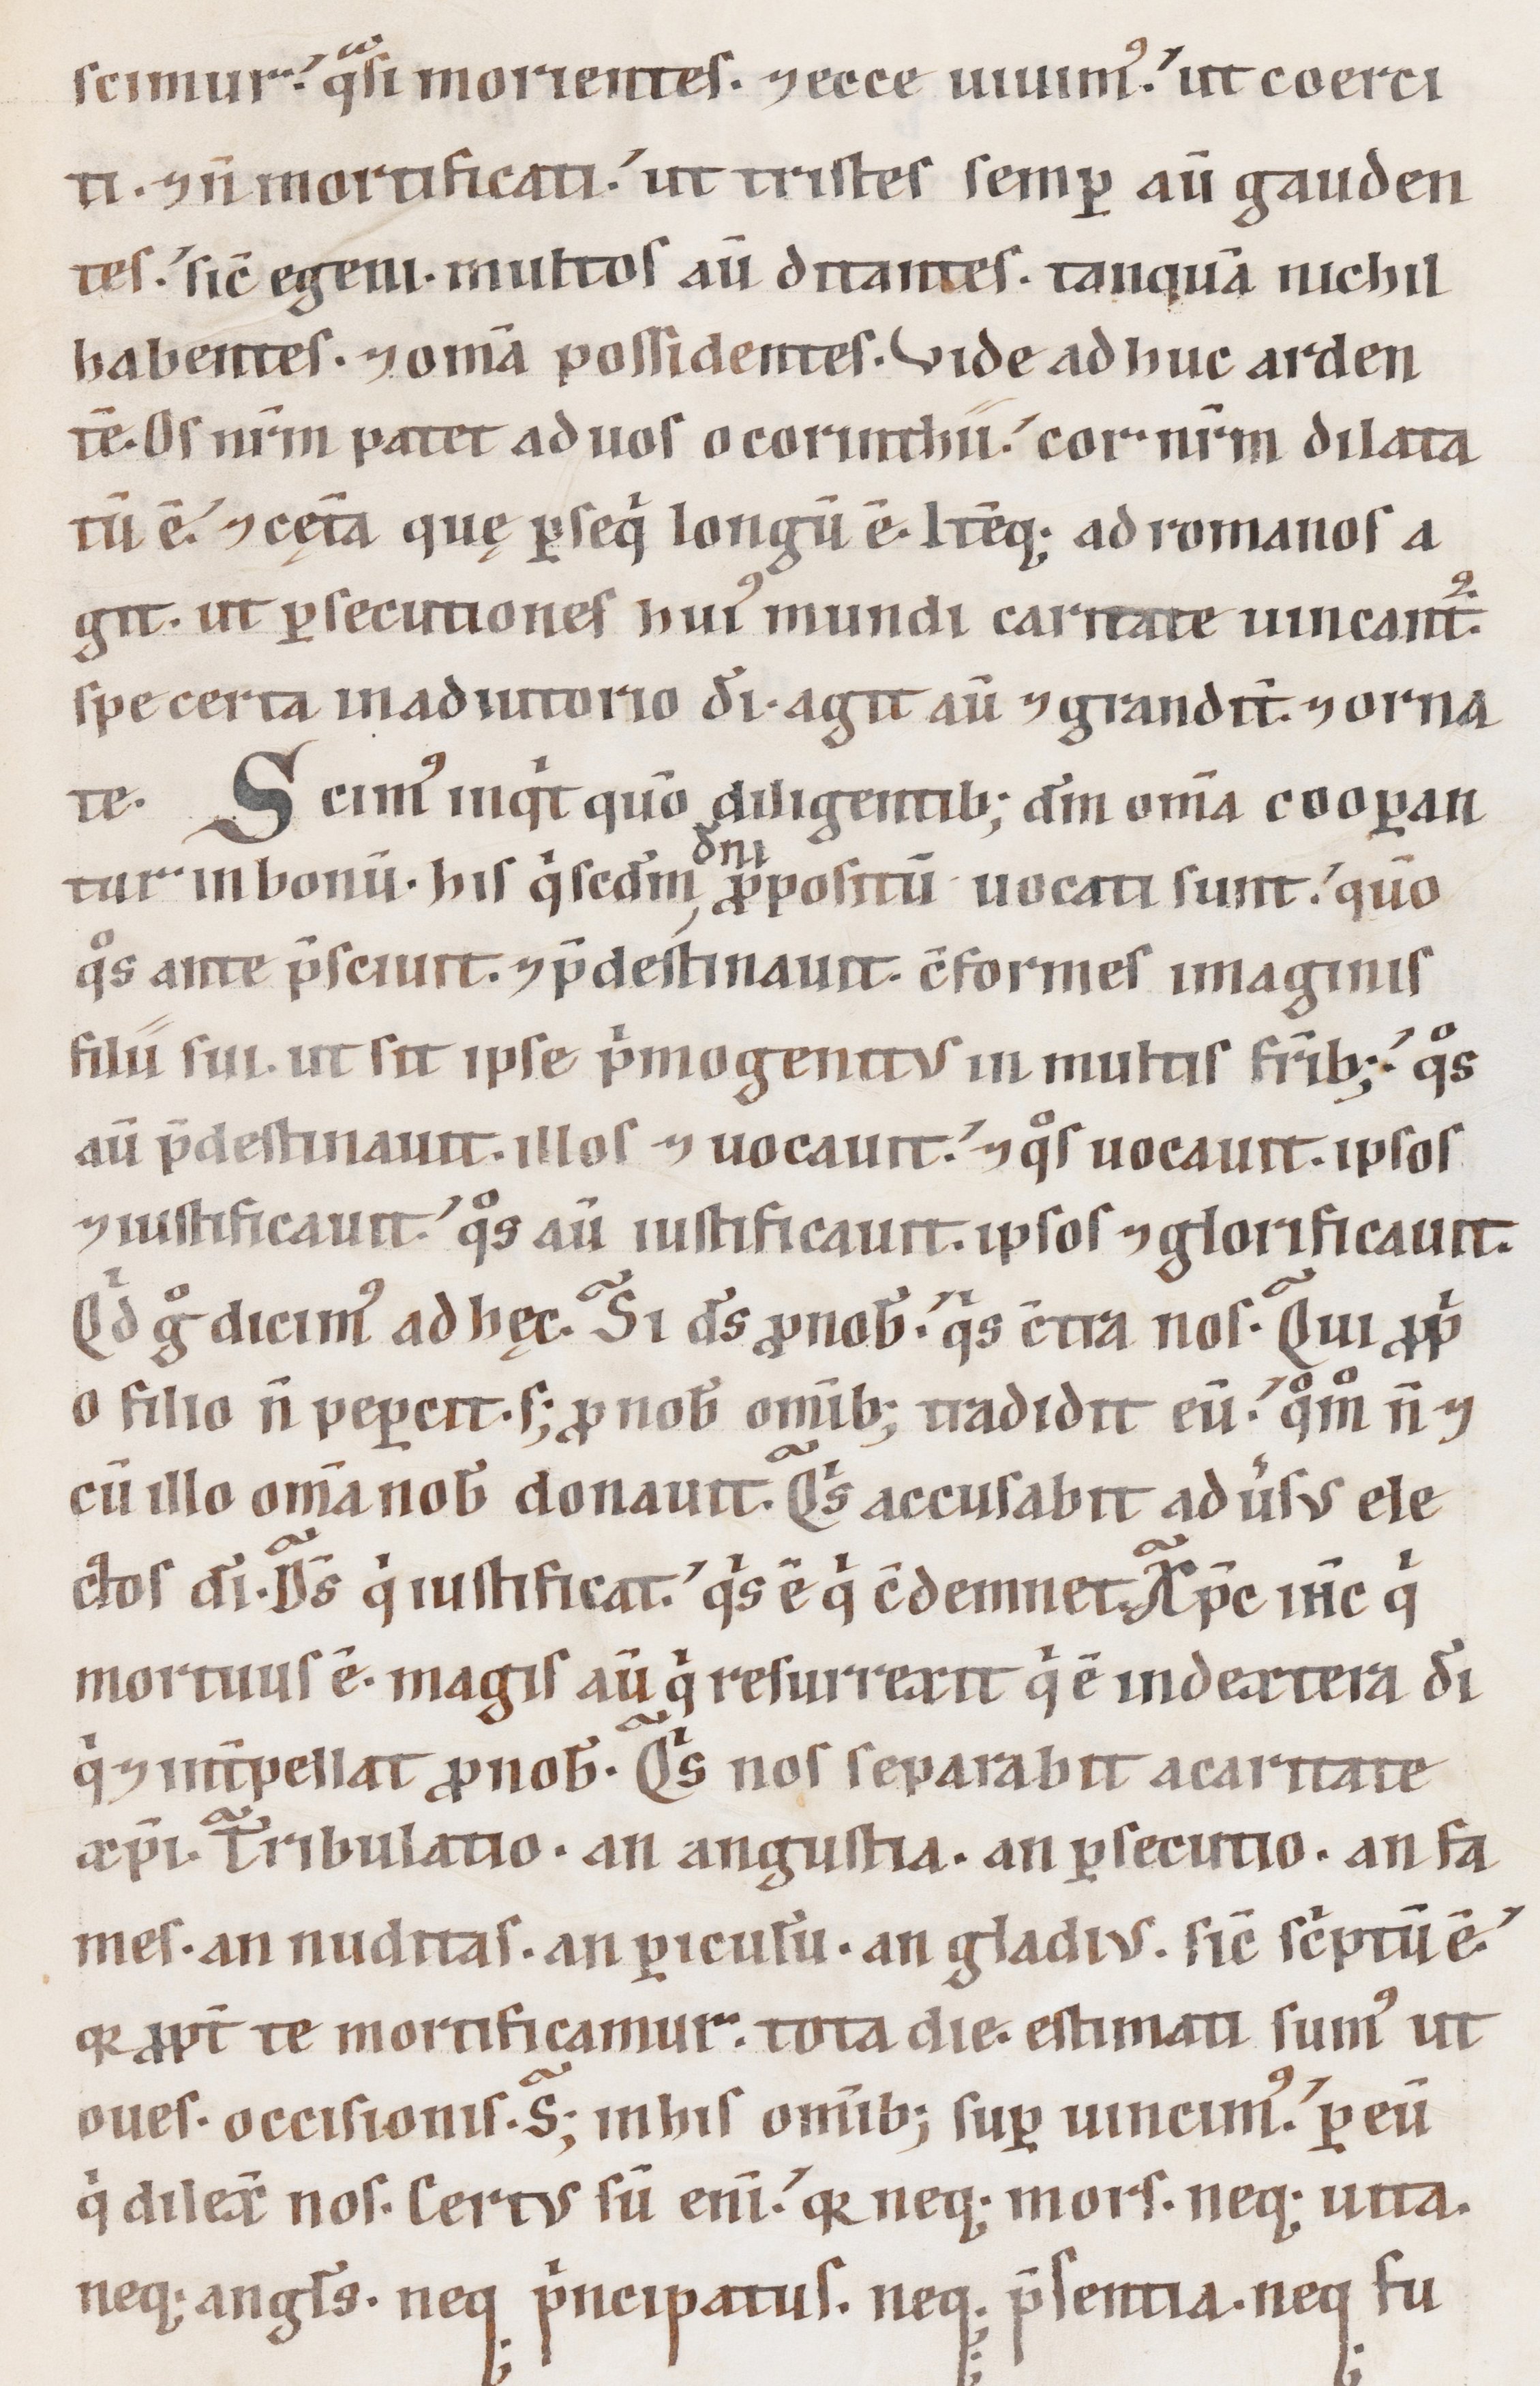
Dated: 1100–1199